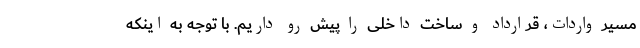
مسیر واردات، قرارداد و ساخت داخلی را پیش رو داریم. با توجه به اینکه